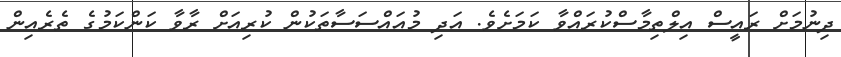
ދިނުމަށް ރައީސް އިލްތިމާސްކުރައްވާ ކަމަށެވެ. އަދި މުއައްސަސާތަކުން ކުރިއަށް ރާވާ ކަންކަމުގެ ތެރެއިން